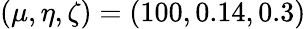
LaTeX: (\mu,\eta,\zeta)=(100,0.14,0.3)